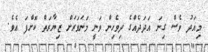
މިއަދު ވެސް ގިނަ އަދަދެއްގެ ދިވެހިން ވަނީ މަނަވަރަށް ޒިޔާރަތް ކޮށްފަ އެވެ.